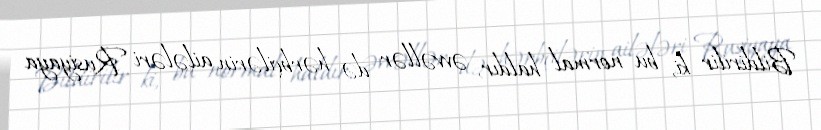
Bildirilir ki, bu normal haldır, əvvəllər də hərbçilərin ailələri Rusiyaya